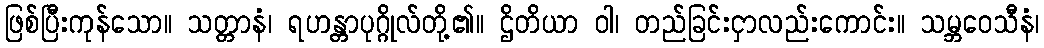
ဖြစ်ပြီးကုန်သော။ သတ္တာနံ၊ ရဟန္တာပုဂ္ဂိုလ်တို့၏။ ဌိတိယာ ဝါ၊ တည်ခြင်းငှာလည်းကောင်း။ သမ္ဘဝေသီနံ၊